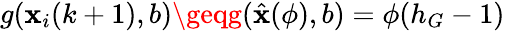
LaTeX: g(\mathbf{x}_{i}(k+1),b)\geqg(\hat{{\mathbf{x}}}(\phi),b)=\phi(h_{G}-1)